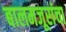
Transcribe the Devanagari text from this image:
बालमजूरांचा